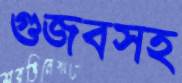
গুজবসহ